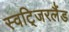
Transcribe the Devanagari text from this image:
स्वटि्जरलैंड